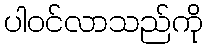
ပါဝင်လာသည်ကို